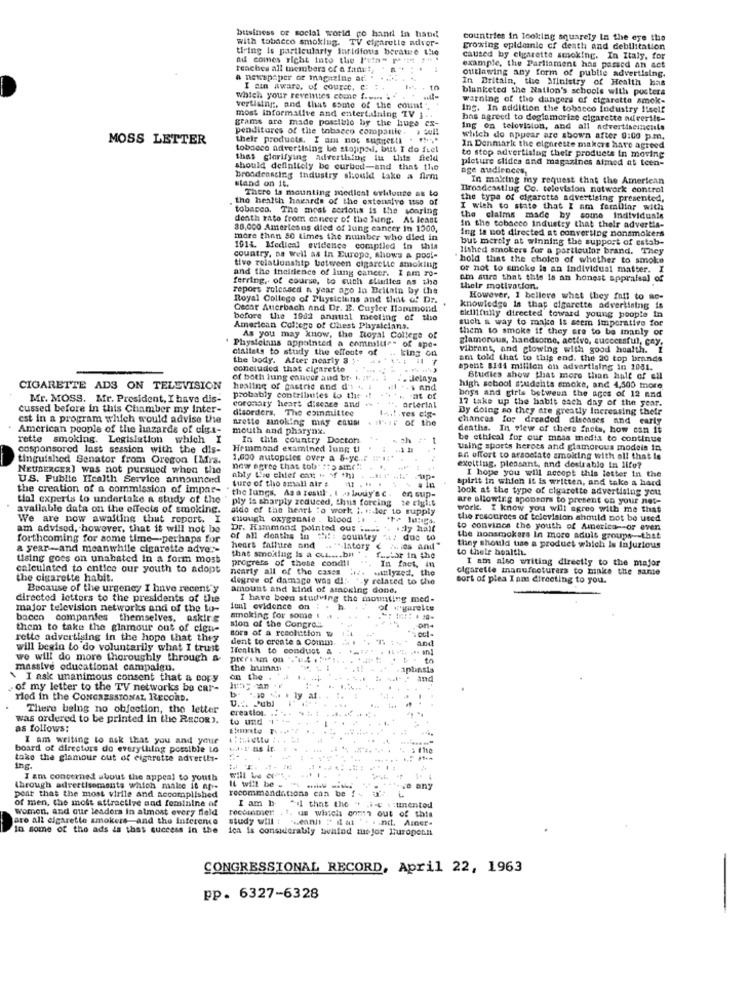
buisiness of social world po hand in hand
with tobacco smoking. TV cigaretle ndver-
countries in looking squarely In the eye the
tiring is particularly inridfous berate the
growing epldonie of death and debilitation
nd comes right into the l'ein- P's "" .
caused by cigarette smoking. In Italy. for
reaches all members of a fanut,
otttlawing any form of public advertising.
example, the Parliament has passed an act
a newspaper or magazine ad
In Britain, the Ministry of Health bas
I ein Aware, of courec. c:
blanketed the Nation's schools with posters
which your reventes come f.
warning of the dangers of cigaretta amok-
vertising, and that some of the count
Ing. In addition the tobacco industry Itself
most informative and entertaining TV 1 ..
has agreed to doglamorize cigarette adverils-
penditores of the tobacco companie .
grams are made possible by the huge cx-
Ing on telovision, and all advertisements
MOSS LETTER
their products. I am not suggesti
which do appear are sbown after 0:00 p.m.
tobacco advertising be stopped, but I do fiel
In Denmark the elghrette makers have agreed
to stop advertising their products In moving
that clarifying Advertising in this field
picture slides and magazines aimed at teen-
should definitely be curbed-and that the
nge audiences,
broadenscing industry should take a firm
In making my request that the American
stand on it.
There ta mounting medical evidente as to
Broadcasting Co. television network control
the health hazards of the extensive ttse of
the type of cigarette advertising presented,
tobacco. The most serious is the soaring
I wish to state that I am familiar with
death rate from coneer of the lung, At least
the claims made by some individuals
38,000 Americans died of lung cancer in 1300,
In the tobacco industry that their advertis-
ing is not directed at converting nonsmokers
more than 50 times the nuinber who died in
but merely at winning the support of estab-
1014. Medical evidence compiled in this
lished smokers for a particular brand. They
country, na well as in Europe, shows a pool-
"hold that the choles of whether to smoke
and the incidence of lung cancer. I am ro-
tive relationship between cigarette smoking
or not to smoke la an individual matter. I
ferring, of course, to such stilles as also
am sure that this is an honest appraisal of
repors rolesscd a year ago la Britain by the
their motivation.
Royal College of Physiciuns and that @ Dr.
However, I believe what they fail to ao-
Cedar Auerbach and Dr. E. Cufler Hammond
knowledge is that cigarette advertising is
before the 1902 annual meeting of the
tillitully directed toward young people in
such a way to make it seem Imperative for
American College of Chest Physicians.
them to smoke if they are to be manly or
As you may know, the Royal College of
glamorous, handsome, activo, successful, cay.
' Physicians appointed a committee of ape-
ciallats to study the effects of
king on
vibrant, and clowing with good health. 1
the body. After nearly 8 ;-
am told that to this end. the 20 top brands
concluded that cigarette
spent 8144 million on advertising in 1081.
of both lung cancer and br. kit ..
. Jelaya
Studies show that more than half of ell
CIGARETTE ADS ON TELEVISION
healing of gastric and d'i ..
s and
high school students smoke, and 4,500 more
Mr. MOSS. Mr. President, I have dis-
probably contributes to the
coronary heart disease and is
arterial
at of
17 take up the habit each day of the year.
boys and girls between the ages of 12 and
cussed before in this Chamber my Inter-
disorders. The esinmittee
res cis-
Dy doing so they are greatly Increasing their
est in a program which would advise the
frette anoking may cause
of the
chances for dreaded diseases and early
American people of the hazards of ciga-
mouth and pharynx.
deaths. In view of these fnota, how can it
rette smoking. Legislation which I
In this country Doctors
ch
be ethical for our mass media to continue
cosponsored last session with the dis-
Hemmond examined lung ti
Using sports heroes and glamorous modeis In
tinguished Senator from Oregon [Mrs.
1,000 autopsies over a 5-ye .. f m'i :*
an effort to arsoctato amolting with ol! that is
NEUBERGERI was not pursued when the
now agree that tob : #5 amn( !
exciting. pleasant, and destrablo in life?
US. Publie Health Service announced
ably Loo chief ont + Mf +71)
ture of the small air s
a in
up-
spirit in which it is written, and take a hard
I hope you will accept this letter in the
the creation of a commission of impar-
the lungs, As a resul , 1 . bury's c .
en sup-
look at the type of cigarette advertising you
tial experts to undertake a study of the
ply fa sharply reduced, thus forcing 2e ciglit
are allowing sponsors to present on your not-
available data on the effects of smoking.
aldo of the heart to work 1. +: Jer to supply
work. I know you will agree with me that
We are now awaiting thut report. I
enough oxygennie . blood ;
the resources of television should not be used
am advised, however, that it will not be
Dr. Hammond pointed out i ...
.. ly hall
to convince the youth of America- or even
forthcoming for some time-perhaps for
of all deaths in th !: country
17 due to
the nonsmokers In more adult groups -- that
a year-and meanwhile cigarette adve :-
hears fathire and .. " Iatory
they should use a product which is injurious
to their health.
tising goes on unabated in a form most
that smoking Is a cui .... bn
progress of these cond !!
factor in the
I ain also writing directly to the major
calculated to entice our youth to adopt
nearly all of the cases !i.
winlyzes, the
In fact, in
cigarette manufacturers to make the same
the cigarette habit.
degree of damage was d !:-
.y related to the
bort of plea I ams directing to you.
Because of the urgency I have recent y
amount and kind of smoking done.
directed letters to the presidents of the
I have been studying the mounting med-
major television networks and of the to-
Juul evidence on ;
bacco companies themselves, asking
smoking for some !
on
them to take the glamour out of cigni-
sors of a resolution w
sion of the Congress
rette advertising in the hope that they
dent to create a Comin
will begin to do voluntarily what I trust
Itenith to conduct &
we will do more thoroughly through a
preriam on
to
massive educational campaign.
the human
iptinsis
I ask unanimous consent that a copy
on the
and
of my letter to the TV networks bo car-
ried in the CONGRESSIONAL RECORD.
U.M. Publ
There being no objection, the letter
creation
was ordered to be printed in the Recos ).
to und
as follows:
I am writing to ask that you and your
board of directors do everything possible LO
take the glamour out of eighrette advertis-
Ing.
I am concerned about the appeal to youth
It will be .
through advertisements which malse it af-
recommandations can be f
je any
peat that the most virile and accomplished
of men, the most attractive and feminine of
I am b.
Women, and our leaders in almost every fleld
"il that the " .i-e siunentod
us which onmn out of this
are all cigarette smokers and the inference
study will !
In some of the ads is that success in the
ica is consuicrably buntad ine for Huropern
Leann " il mi . . . . nct. Amer-
CONGRESSIONAL RECORD, April 22, 1963
pp. 6327-6328